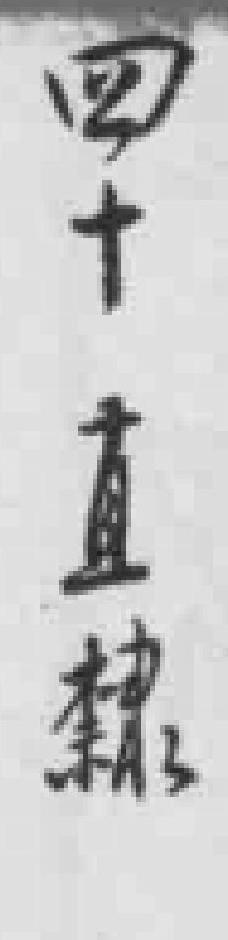
四十直隸